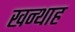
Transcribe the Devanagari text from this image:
खन्‍थाह